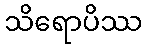
သိရောပိဿ